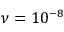
\nu = 1 0 ^ { - 8 }